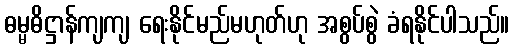
ဓမ္မဓိဋ္ဌာန်ကျကျ ရေးနိုင်မည်မဟုတ်ဟု အစွပ်စွဲ ခံရနိုင်ပါသည်။